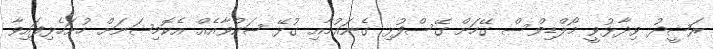
ރަޝީދު ވިދާޅުވީ މޯލްޑިވްސް ގޭހަށް ގޭސްފުޅި ގެނައުމާއި ގުޅޭ ޝަކުވާއެއް އެކޮމިޝަނަށް ހުށަހެޅިފައިވާ